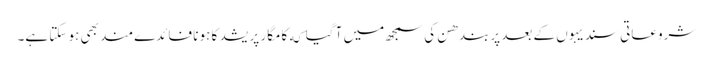
شروعاتی سندیہوں کے بعد پربندھن کی سمجھ میں آ گیا که کامگار پریشد کا ہونا فائدےمند بھی ہو سکتا ہے۔